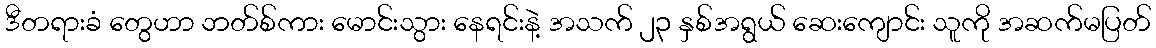
ဒီတရားခံ တွေဟာ ဘတ်စ်ကား မောင်းသွား နေရင်းနဲ့ အသက် ၂၃ နှစ်အရွယ် ဆေးကျောင်း သူကို အဆက်မပြတ်